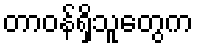
တာဝန်ရှိသူတွေက